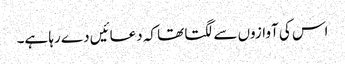
اس کی آوازوں سے لگتا تھا کہ دعائیں دے رہا ہے۔